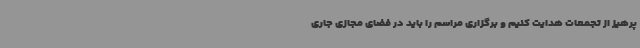
پرهیز از تجمعات هدایت کنیم و برگزاری مراسم را باید در فضای مجازی جاری